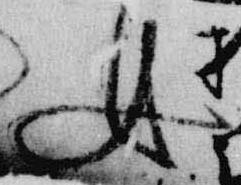
女